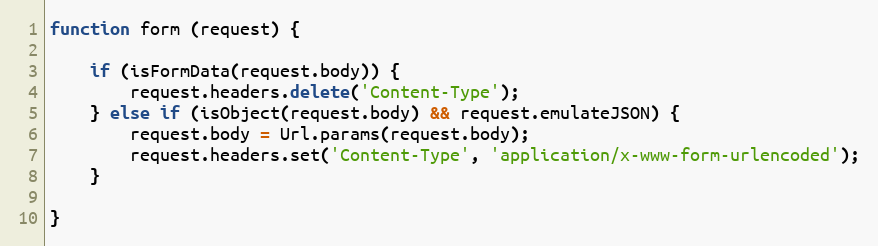
Language: JavaScript
function form (request) {

    if (isFormData(request.body)) {
        request.headers.delete('Content-Type');
    } else if (isObject(request.body) && request.emulateJSON) {
        request.body = Url.params(request.body);
        request.headers.set('Content-Type', 'application/x-www-form-urlencoded');
    }

}